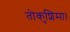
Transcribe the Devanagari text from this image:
तोकुशिमा।